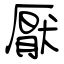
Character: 厭